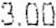
3.00